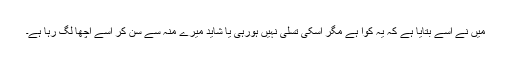
میں نے اسے بتایا ہے کہ یہ کوّا ہے مگر اُسکی تسلی نہیں ہورہی یا شاید میرے منہ سے سن کر اُسے اچھا لگ رہا ہے۔